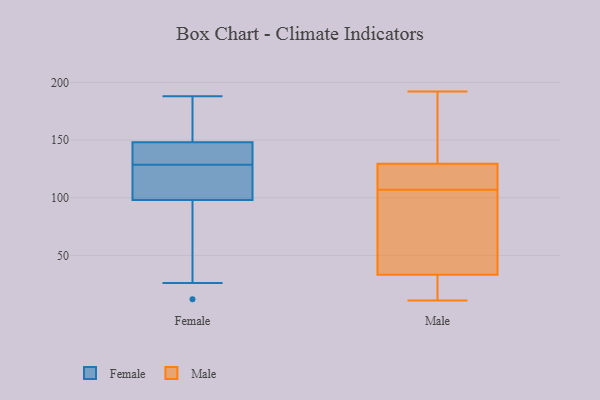
{"axis": {"x": "Net Income (USD K)", "y": "Value"}, "legend": ["Female", "Male"], "data": [{"x": "", "y": 141, "type": "Female"}, {"x": "", "y": 145, "type": "Female"}, {"x": "", "y": 149, "type": "Female"}, {"x": "", "y": 188, "type": "Female"}, {"x": "", "y": 93, "type": "Female"}, {"x": "", "y": 41, "type": "Female"}, {"x": "", "y": 151, "type": "Female"}, {"x": "", "y": 106, "type": "Female"}, {"x": "", "y": 126, "type": "Female"}, {"x": "", "y": 131, "type": "Female"}, {"x": "", "y": 26, "type": "Female"}, {"x": "", "y": 101, "type": "Female"}, {"x": "", "y": 98, "type": "Female"}, {"x": "", "y": 12, "type": "Female"}, {"x": "", "y": 148, "type": "Female"}, {"x": "", "y": 124, "type": "Female"}, {"x": "", "y": 131, "type": "Female"}, {"x": "", "y": 155, "type": "Female"}, {"x": "", "y": 107, "type": "Male"}, {"x": "", "y": 182, "type": "Male"}, {"x": "", "y": 22, "type": "Male"}, {"x": "", "y": 37, "type": "Male"}, {"x": "", "y": 61, "type": "Male"}, {"x": "", "y": 130, "type": "Male"}, {"x": "", "y": 177, "type": "Male"}, {"x": "", "y": 112, "type": "Male"}, {"x": "", "y": 192, "type": "Male"}, {"x": "", "y": 32, "type": "Male"}, {"x": "", "y": 14, "type": "Male"}, {"x": "", "y": 61, "type": "Male"}, {"x": "", "y": 128, "type": "Male"}, {"x": "", "y": 79, "type": "Male"}, {"x": "", "y": 126, "type": "Male"}, {"x": "", "y": 179, "type": "Male"}, {"x": "", "y": 114, "type": "Male"}, {"x": "", "y": 11, "type": "Male"}, {"x": "", "y": 23, "type": "Male"}]}